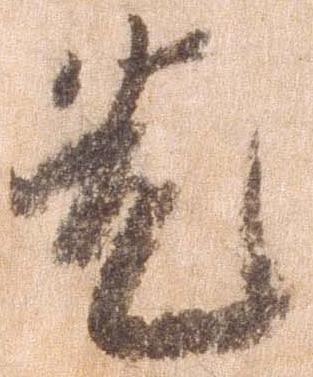
先